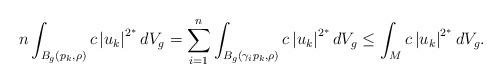
LaTeX: \begin{align*}n\int_{B_{g}(p_{k},\rho)}c\left\vert u_{k}\right\vert ^{2^{\ast}}dV_{g}=\sum_{i=1}^{n}\int_{B_{g}(\gamma_{i}p_{k},\rho)}c\left\vert u_{k}\right\vert^{2^{\ast}}dV_{g}\leq\int_{M}c\left\vert u_{k}\right\vert ^{2^{\ast}}dV_{g}.\end{align*}